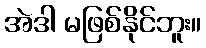
အဲဒါ မဖြစ်နိုင်ဘူး။